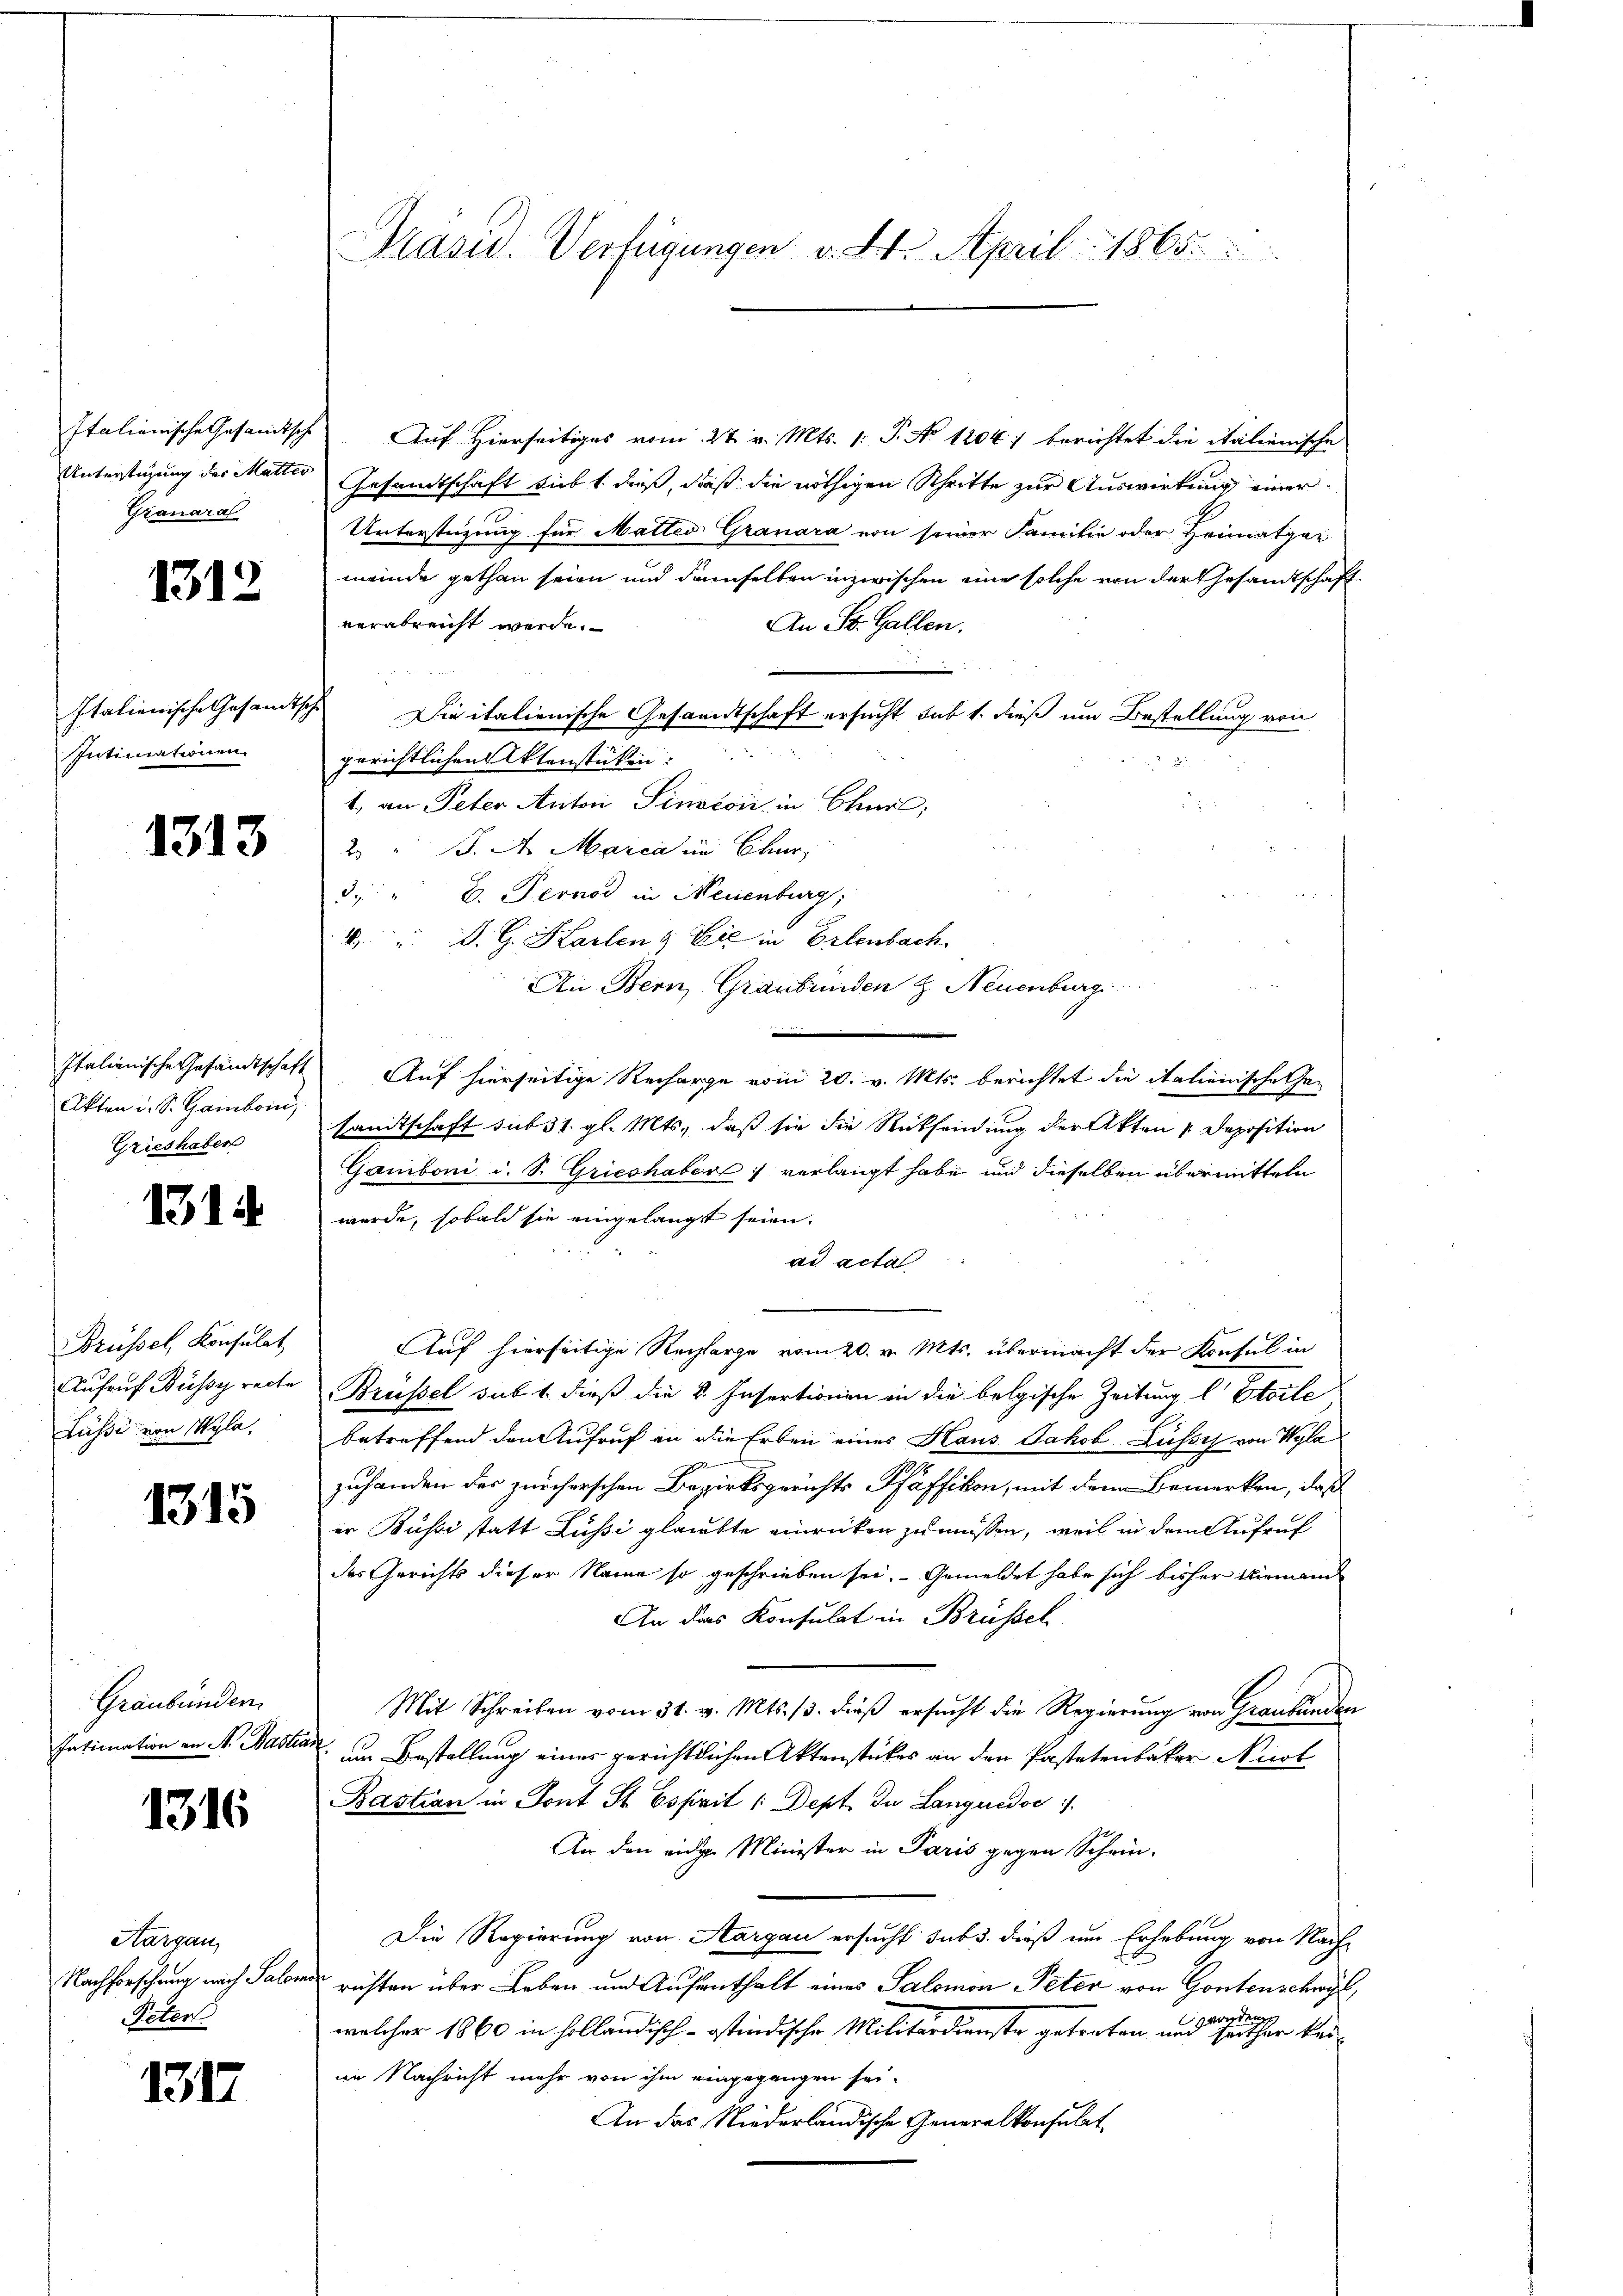
Italienische Gesandtsche
Unterstüzung der Mutter
Granaral

1312

Italienische Gesandt
Intimationen

1313

Italienische Gesandtschaft
Akten u. S. Gamboin
Grieshaben

1315

Brüssel, Konsulat
Aufruf Büssy recte
Lüsse von Wyla.

1315

Graubünden.
Intimation an A. Bastia

1316

Aargau,
Nachforschung mich Salom
Peten

1317

Präsid. Verfügungen v. 2. April 1865.

Auf Hierseitiges vom 27. v. Mts. 1. P. No 1204. berichtet die italienische
Gesandtschaft gibt dieß, daß die nöthigen Schritte zur Auswirkung einer
Unterstüzung für Mattes Granara von seiner Familie oder Heimatgei
meinde gethan seien und demselben inzwischen eine solche von der Gesandtschaft
verabreicht werde.
An St. Gallen.
Die italienische Gesandtschaft ersucht sub 1. dieß um Bestellung von
gerichtlichen Aktenstücken:
1. an Peter Anton Pintoni in Chur,
2. " J. A. Marca in Chur
3. " V. Pernod in Neuenburg;
4 d. G. Karlen & Cie in Erlenbach.
Ai Bern, Graubünden & Neuenburg
Auf hierseitige Recharge vom 20. v. Mts. berichtet die Italienischehen
sandtschaft sub 31. gl. Mts., daß sie die Rücksendung der Akten v. Deposition
Gamboni d. S. Grieshaber :/ verlangt habe und dieselben übermitteln
wurde, sobald sie eingelangt seien.
ad acta
Auf hierseitige Recharge vom 20. v. Mts. übermacht der Konsul in
Brüssel sub 1. dieß die k. Insertionen in die belgische Zeitung l. Etoile
betreffend den Aufruf an die Erben eines Haus Jakob Lusses von Wyla
J
zuhanden des zürcherschen Bezirksgerichts Pfäffikon, mit den Bemerken, daß
er Bussi statt Lussi glaubte einrücken zu müssen, weil in dem Aufruf
des Gerichts dieser Name so geschrieben sei. Gemeldet habe sich bisher Niemand
An das Konsulat in Brüssel
Mit Schreiben vom 31. v. Mts. 13. dieβ ersŭcht die Regierŭng von Graubünden
um Bestellung einer gerichtlichen Aktenstückes an den Pastetenbaker Nicol
Bastian in Sont St. Esprit /: Dept. du Languedoc
An den eine Minister in Paris gegen Schrie-
Die Regierung von Aargau ersucht sub 3. dieß um Erhebung von Nachrichten über Leben und Aufenthalt eines Salomon Peter von Gontenschöpf
welcher 1860 in holländisch-ostindische Militärdienste getreten, und seither kei
ie Nachricht mehr von ihm eingegangen sei.
An das Niederländische Generalkonsulat